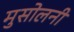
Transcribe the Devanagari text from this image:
मुसोलनी